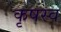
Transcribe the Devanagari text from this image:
कृषस्व